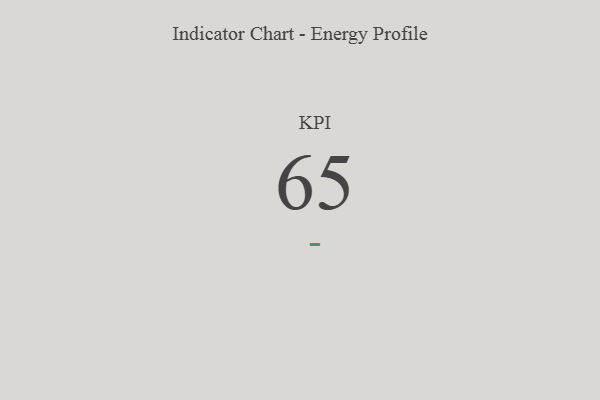
{"axis": {"x": "KPI", "y": "Value"}, "legend": [""], "data": [{"x": "KPI", "y": 65, "type": ""}]}